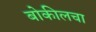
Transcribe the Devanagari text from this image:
बोकीलचा